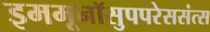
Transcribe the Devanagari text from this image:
इममूनॉसुपपरेससंत्स